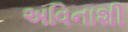
અવિનાશી